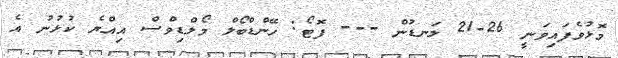
މޮޅުވެފައިވަނީ 26-21 ލަނޑުން --- ފޮޓޯ: ހޭންޑްބޯލް މޯލްޑިވްސް އިއްޔެ ކުޅުނު އެ